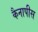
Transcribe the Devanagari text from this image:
कैनापीस